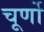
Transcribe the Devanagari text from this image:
चूर्णो